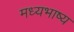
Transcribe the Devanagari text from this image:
मध्यभाष्य